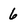
Character: 6